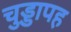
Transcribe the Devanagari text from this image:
चुड्डापह